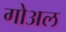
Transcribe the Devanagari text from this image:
गोअल